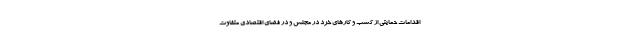
اقدامات حمایتی از کسب و کارهای خرد در مجلس و در فضای اقتصادی متفاوت